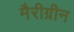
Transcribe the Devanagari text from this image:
मैरीग्रीन